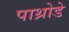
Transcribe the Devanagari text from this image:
पाथ्रोडे